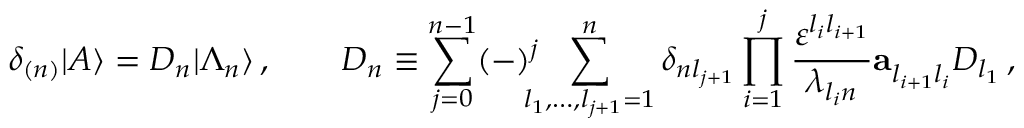
\delta _ { ( n ) } | A \rangle = { \cal D } _ { n } | \Lambda _ { n } \rangle \, , \qquad { \cal D } _ { n } \equiv \sum _ { j = 0 } ^ { n - 1 } ( - ) ^ { j } \! \! \! \! \sum _ { l _ { 1 } , \ldots , l _ { j + 1 } = 1 } ^ { n } \delta _ { n l _ { j + 1 } } \prod _ { i = 1 } ^ { j } \frac { \varepsilon ^ { l _ { i } l _ { i + 1 } } } { \lambda _ { l _ { i } n } } { \bf a } _ { l _ { i + 1 } l _ { i } } ^ { } D _ { l _ { 1 } } \, ,